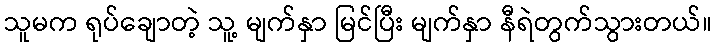
သူမက ရုပ်ချောတဲ့ သူ့ မျက်နှာ မြင်ပြီး မျက်နှာ နီရဲတွက်သွားတယ်။